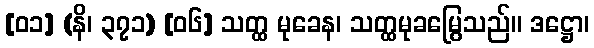
[၀၁] (နိ၊ ၃၇၁) [၀၆] သတ္ထ မုခေန၊ သတ္ထမုခမြွေသည်။ ဒဋ္ဌော၊